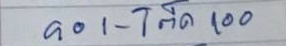
901 - โต๊ด 100